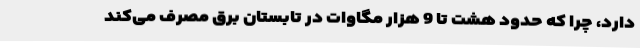
دارد، چرا که حدود هشت تا 9 هزار مگاوات در تابستان برق مصرف می‌کند